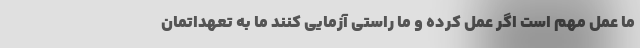
ما عمل مهم است اگر عمل کرده و ما راستی آزمایی کنند ما به تعهداتمان